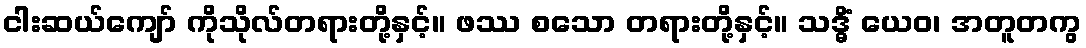
ငါးဆယ်ကျော် ကိုသိုလ်တရားတို့နှင့်။ ဖဿ စသော တရားတို့နှင့်။ သဒ္ဓိံ ယေဝ၊ အတူတကွ